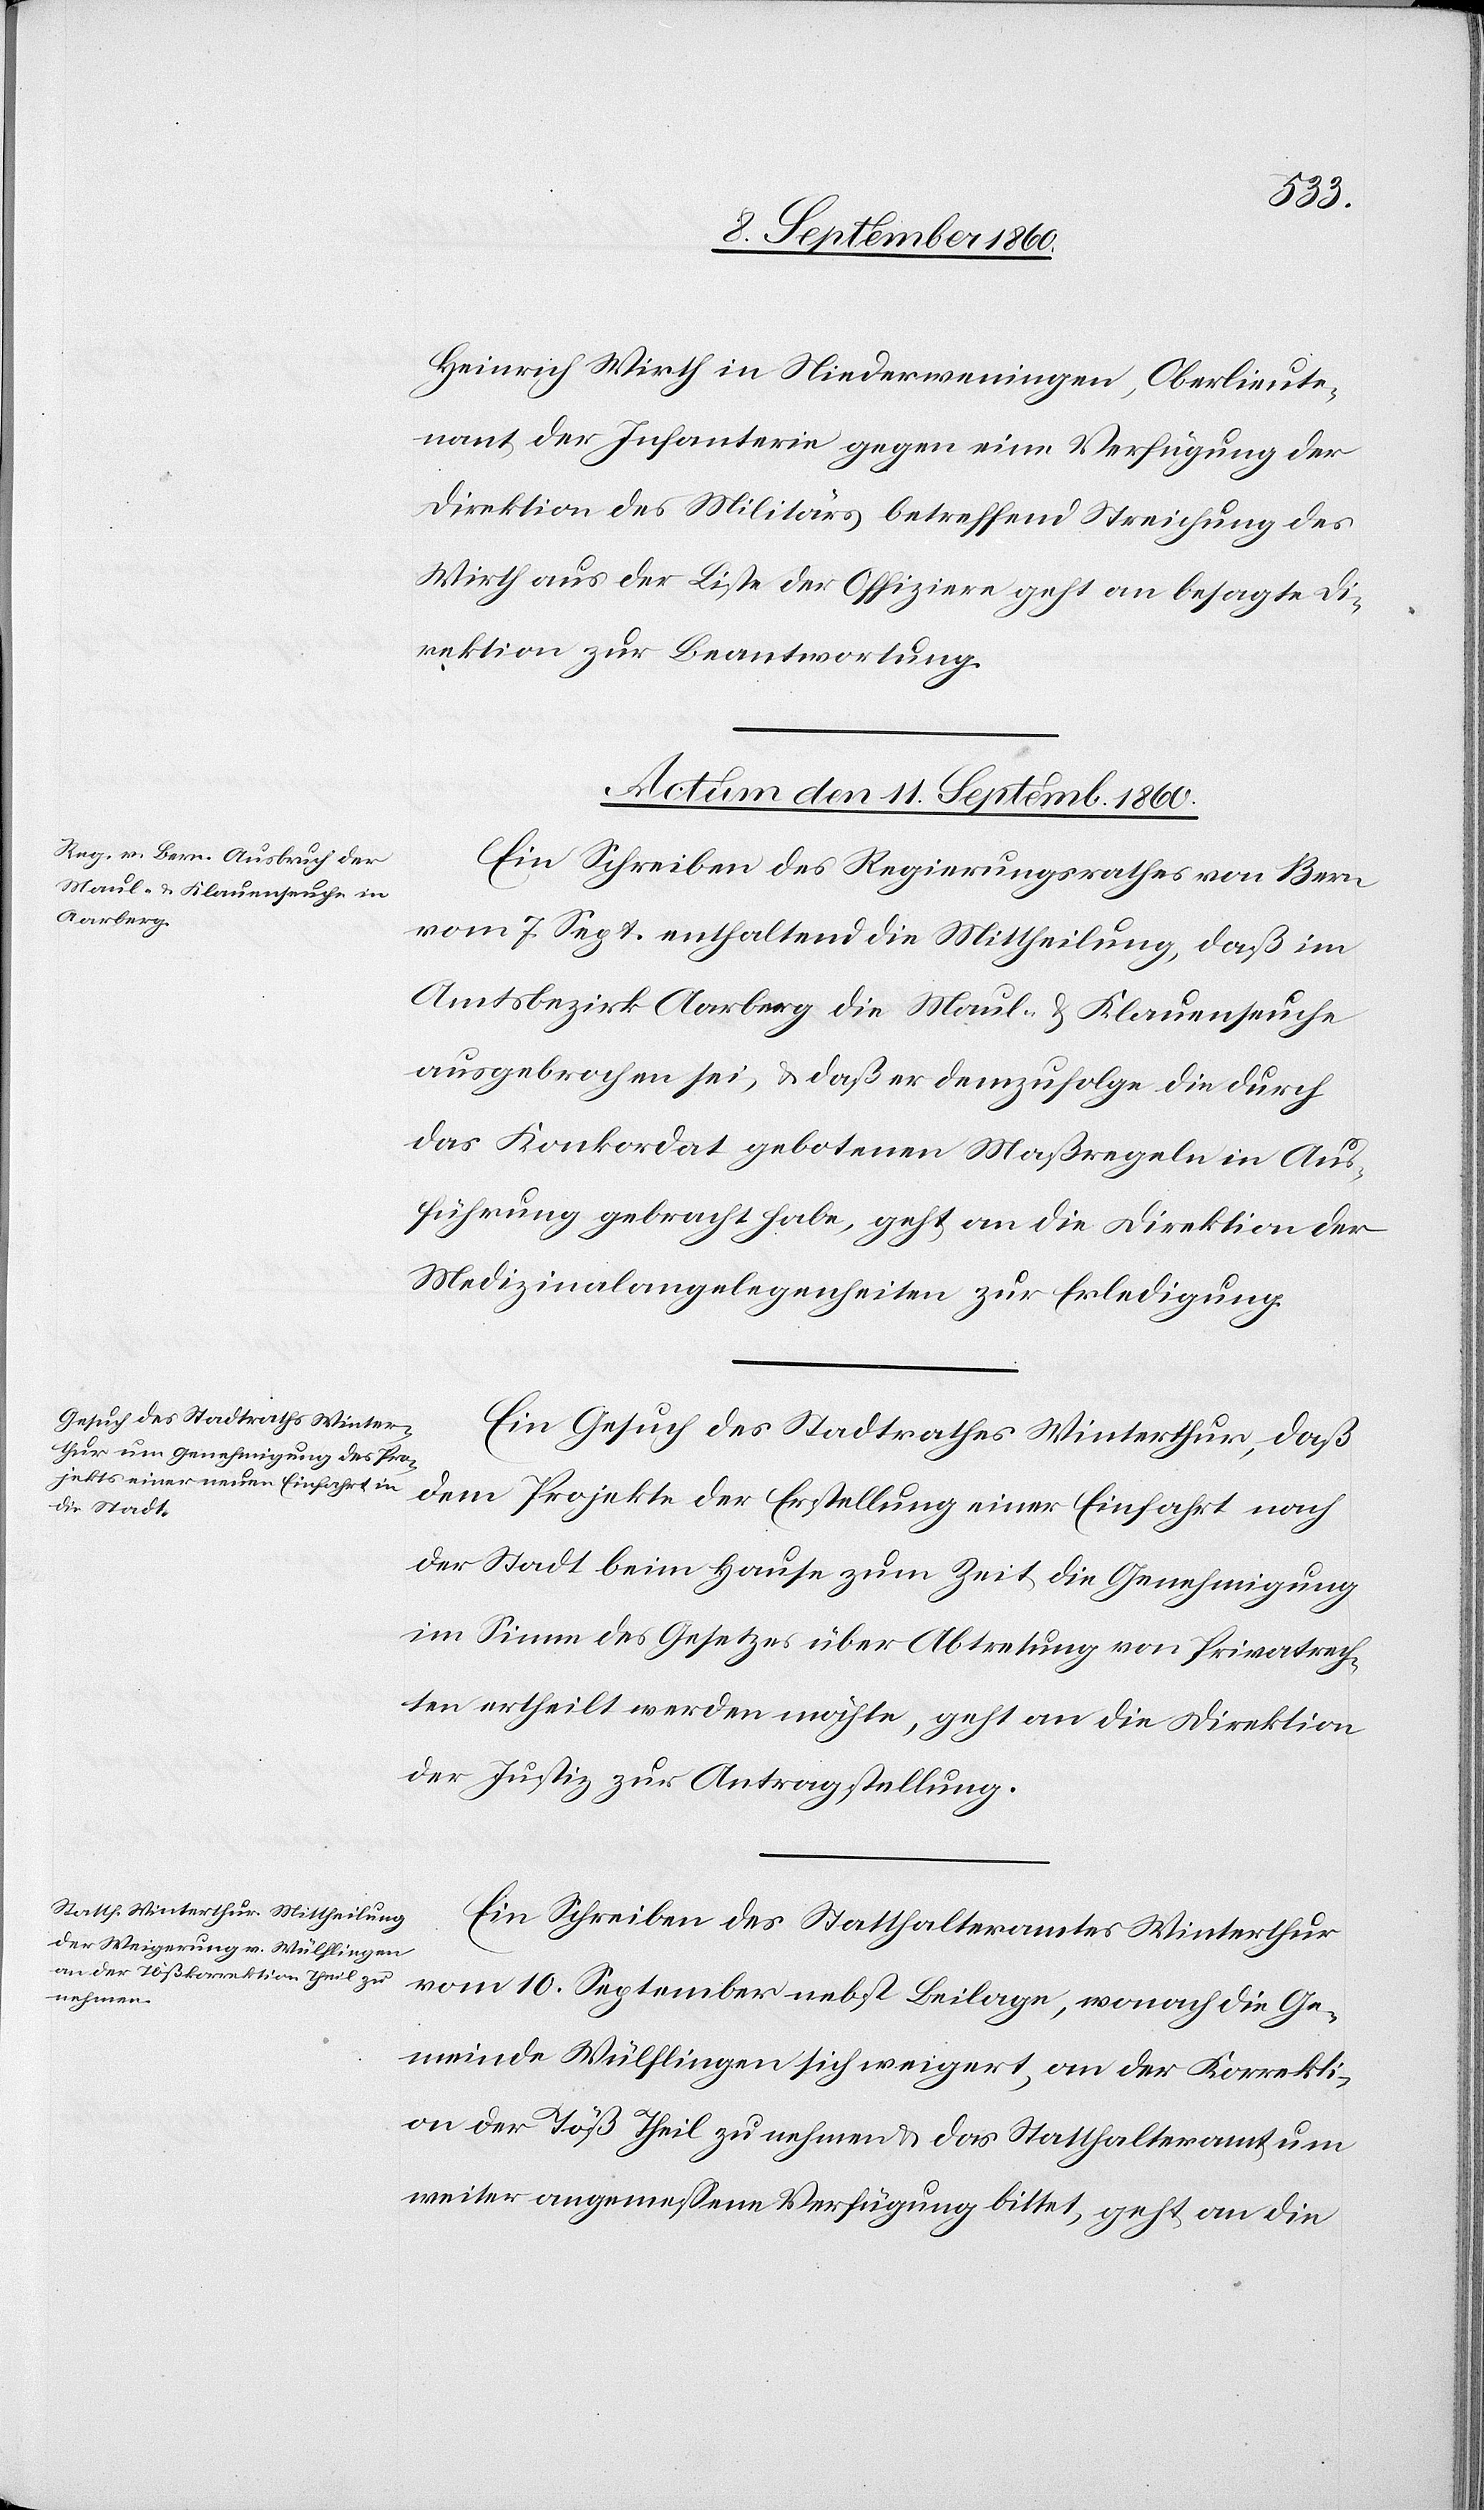
Heinrich Wirth in Niederweningen, Oberlieute¬
nant der Infanterie gegen eine Verfügung der
Direktion des Militärs betreffend Streichung des
Wirth aus der Liste der Offiziere geht an besagte Di¬
rektion zur Beantwortung.
Actum, den 11. September 1860.]
Ein Schreiben des Regierungsrathes von Bern
vom 7. September, enthaltend die Mittheilung, dass im
Amtsbezirk Aarberg die Maul- u. Klauenseuche
ausgebrochen sei u. dass er demzufolge die durch
das Konkordat gebotenen Massregeln in Aus¬
führung gebracht habe, geht an die Direktion der
Medizinalangelegenheiten zur Erledigung.
Ein Gesuch des Stadtrathes Winterthur, dass
der Stadt beim Hause zur Zeit die Genehmigung
im Sinne des Gesetzes über Abtretung von Privatrech¬
ten ertheilt werden möchte, geht an die Direktion
der Justiz zur Antragstellung.
Ein Schreiben des Statthalteramtes Winterthur
der Erstellung einer Einfahrt
vom 10. September nebst Beilage, wonach die Ge¬
meinde Wülflingen sich weigert, an der Korrekti¬
on der Töss theil zu nehmen, das Statthalteramt um
weiter angemessene Verfügung bittet, geht an die